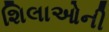
શિલાઓની